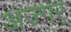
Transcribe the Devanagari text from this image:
अज्गर्